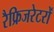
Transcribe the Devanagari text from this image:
रैफ्रिजरेटरों